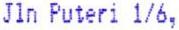
JLN PUTERI 1/6,